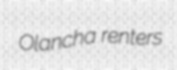
Olancha renters